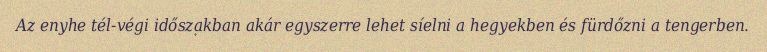
Az enyhe tél-végi időszakban akár egyszerre lehet síelni a hegyekben és fürdőzni a tengerben.